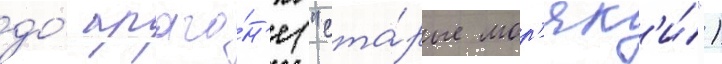
до́ араго́н'е ("ста́рые мор'як'и́")